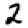
Digit: 2